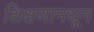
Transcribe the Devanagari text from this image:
शिक्षणामधून